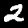
Digit: 2